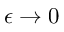
\epsilon \rightarrow 0